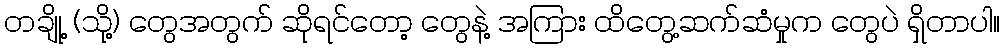
တချို့ (သို့) တွေအတွက် ဆိုရင်တော့ တွေနဲ့ အကြား ထိတွေ့ဆက်ဆံမှုက တွေပဲ ရှိတာပါ။